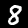
Digit: 8